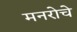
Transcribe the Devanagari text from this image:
मनरोचे